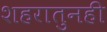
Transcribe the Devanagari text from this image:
शहरातुनही